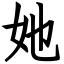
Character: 她